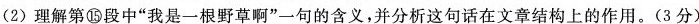
（2）理解第⑮段中“我是一根野草啊”一句的含义，并分析这句话在文章结构上的作用。（3分）